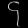
Digit: ၄